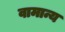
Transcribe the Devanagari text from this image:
वामान्य